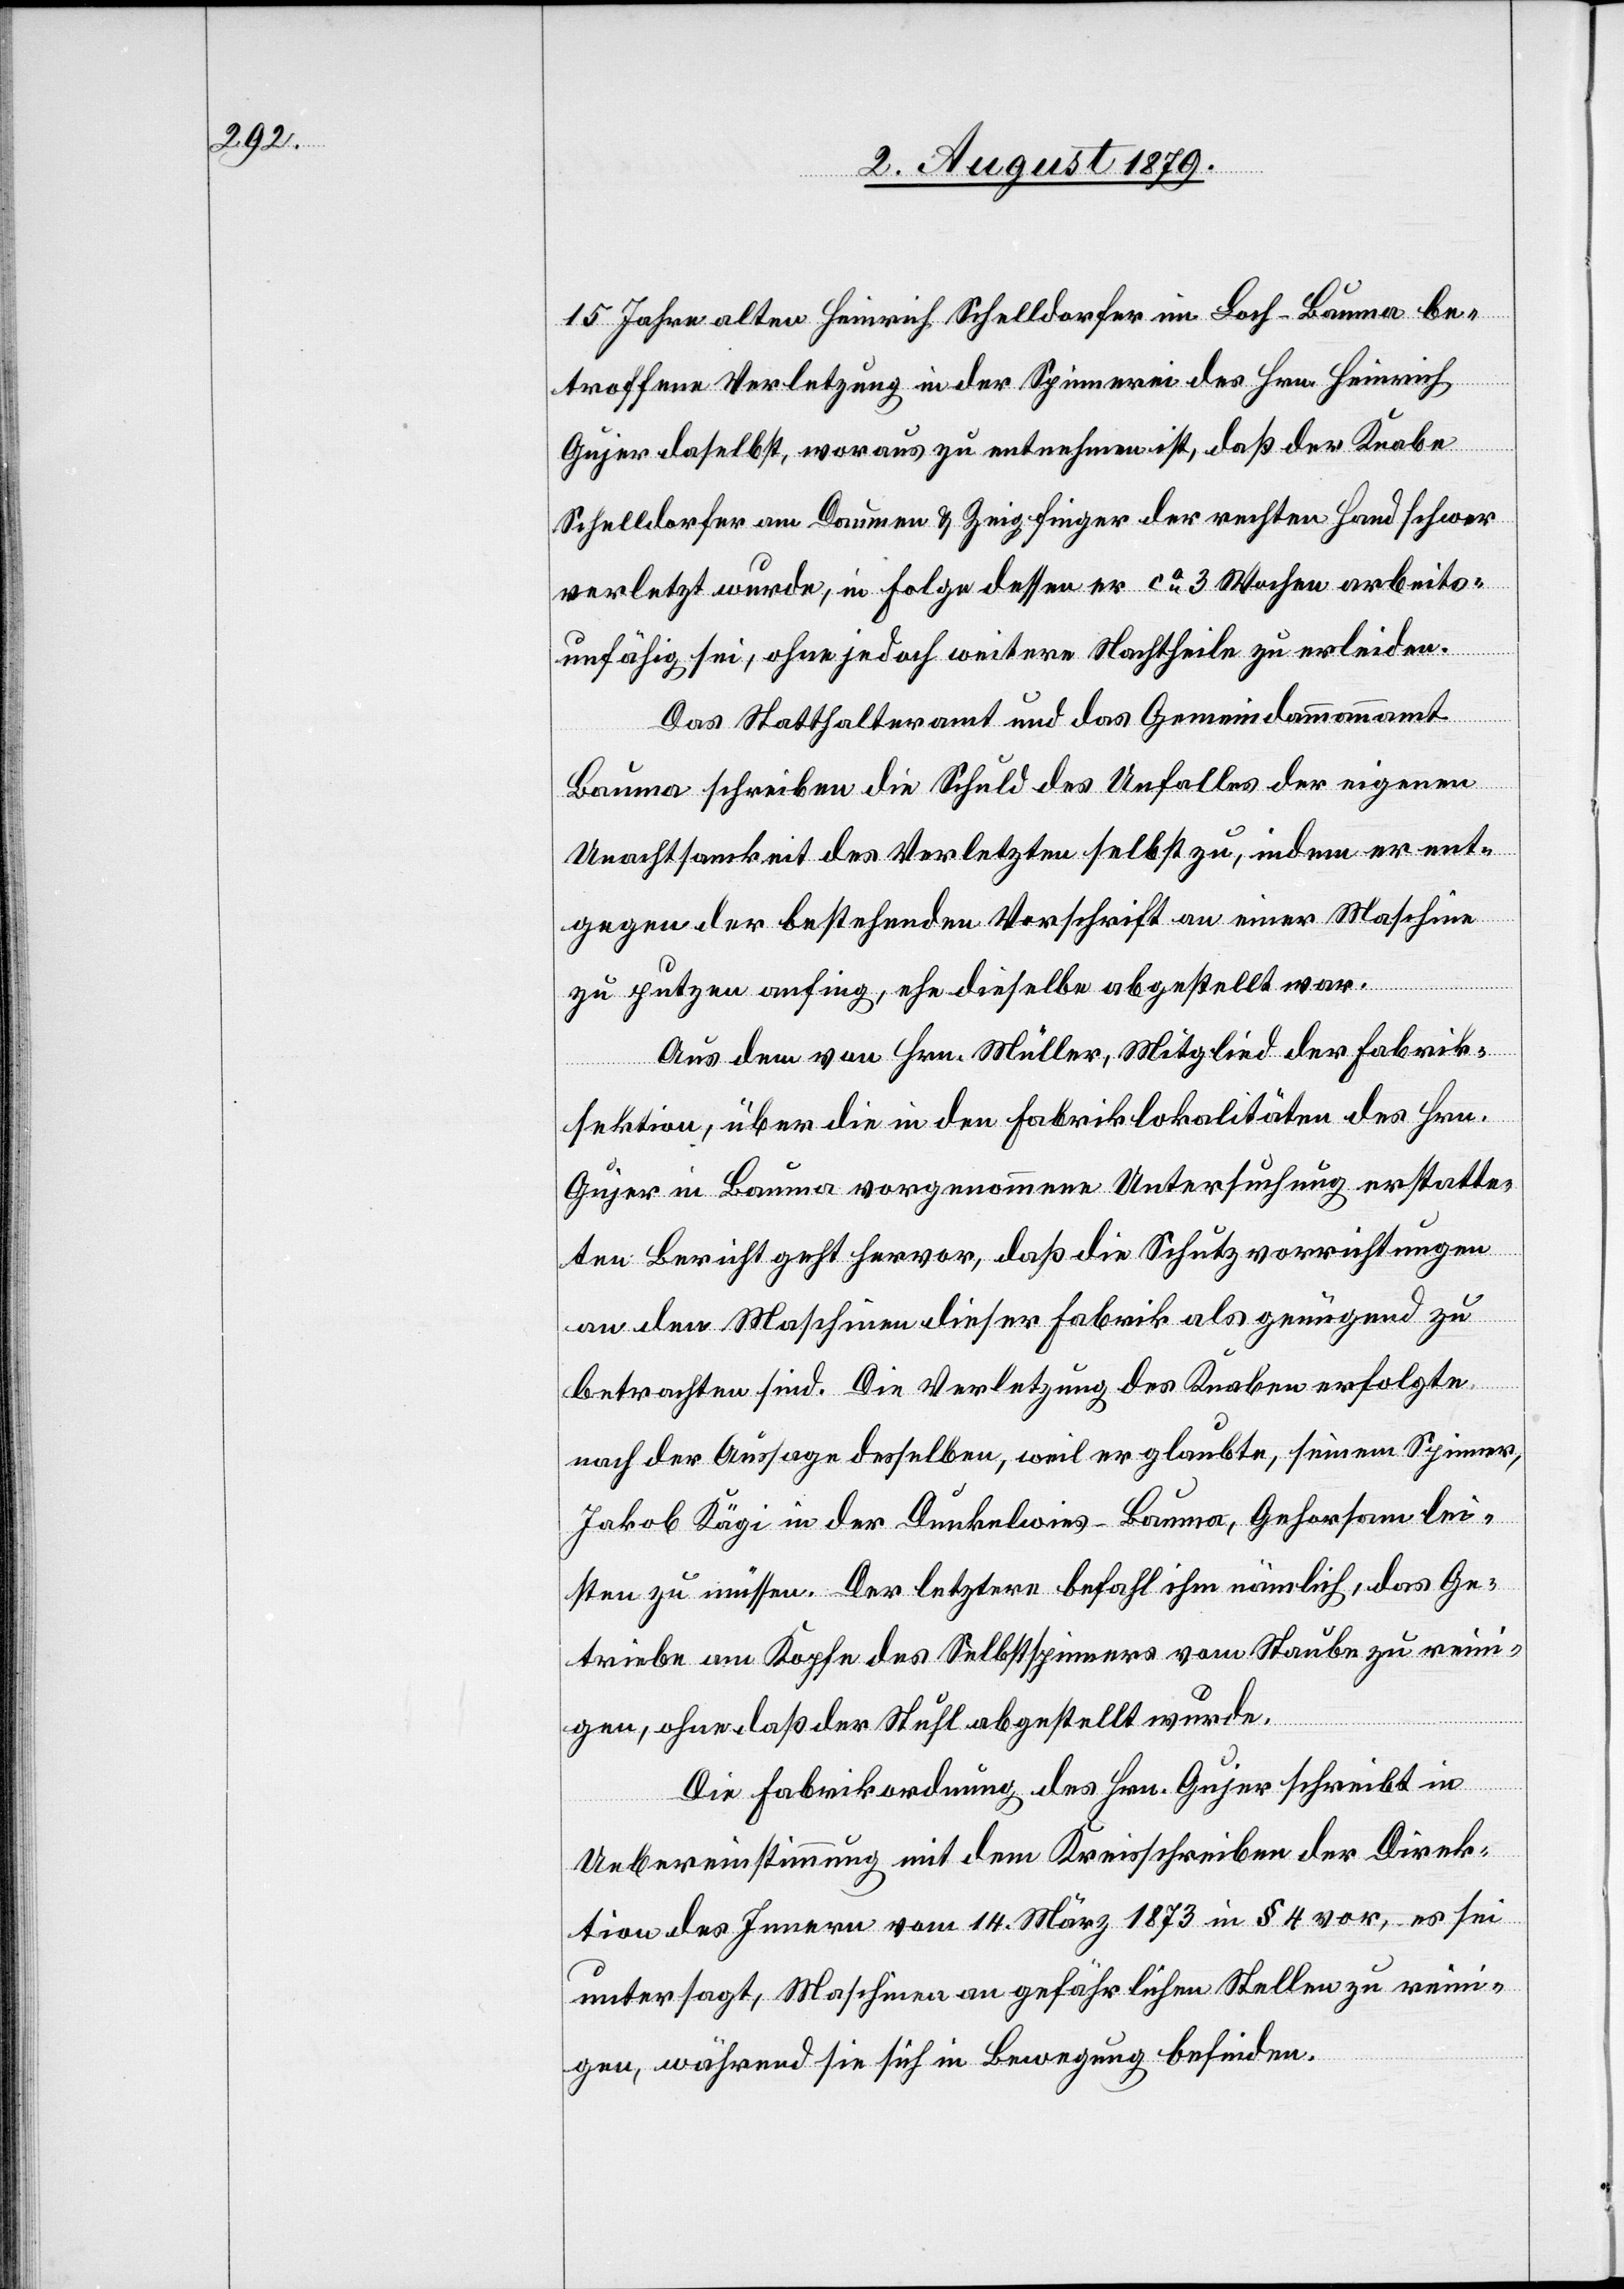
15 Jahre alten Heinrich Schelldorfer im Loch - Bauma be¬
troffene Verletzung in der Spinnerei des Hrn. Heinrich
Gujer daselbst, woraus zu entnehmen ist, daß der Knabe
Schelldorfer am Daumen & Zeigfinger der rechten Hand schwer
verletzt wurde, in Folge dessen er ca 3 Wochen arbeit¬
unfähig sei, ohne jedoch weitere Nachtheile zu erleiden.
Das Statthalteramt und das Gemeindammannamt
Baume schreiben die Schuld des Unfalles der eigenen
Unachtsamkeit des Verletzten selbst zu, indem er ent¬
gegen der bestehenden Vorschrift an einer Maschine
zu putzen anfing, ehe dieselbe abgestellt war.
Aus dem von Hrn. Müller, Mitglied der Fabrik¬
sektion, über die in den Fabriklokalitäten des Hrn.
Gujer in Bauma vorgenommene Untersuchung erstatte¬
ten Bericht geht hervor, daß die Schutzvorrichtungen
an den Maschinen dieser Fabrik als genügend zu
betrachten sind. Die Verletzung des Knaben erfolgte
nach der Aussage desselben, weil er glaubte, seinem Spinner,
Jakob Kägi in der Dunkelwies - Bauma, Gehorsam lei¬
sten zu müssen. Der letztere befahl ihm nämlich, das Ge¬
triebe am Kopfe des Selbstspinners vom Staube zu reini¬
gen, ohne daß der Stuhl abgestellt werde.
Die Fabrikordnung des Hrn. Gujer schreibt in
Uebereinstimmung mit dem Kreisschreiben der Direk¬
tion des Innern vom 14. März 1873 in § 4 vor, es sei
untersagt, Maschinen an gefährlichen Stellen zu reini¬
gen, während sie sich in Bewegung befinden.